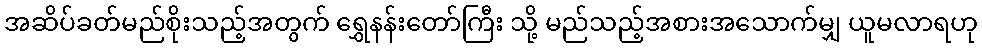
အဆိပ်ခတ်မည်စိုးသည့်အတွက် ရွှေနန်းတော်ကြီး သို့ မည်သည့်အစားအသောက်မျှ ယူမလာရဟု